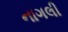
નાગલી